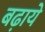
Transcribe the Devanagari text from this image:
बढा़ये